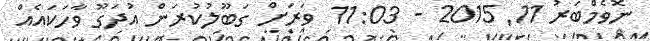
ނޮވެމްބަރު 11